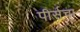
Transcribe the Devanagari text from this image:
पीर्सचा